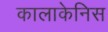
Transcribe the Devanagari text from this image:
कालाकेनिस